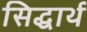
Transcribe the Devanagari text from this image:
सिद्धार्थ